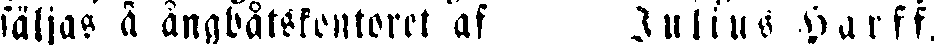
säljas å ångbåtskontoret af Julius Harff,